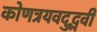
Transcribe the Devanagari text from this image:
कोणत्रयवदुद्भवी